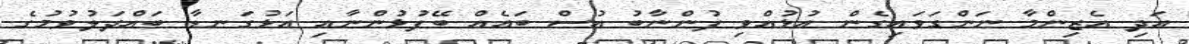
އަދި އެޒިންމާ ނަންގަވައިގެން އުޅުއްވި ފުންނާބު އުސް ބައެއް ބޭފުޅުންނާއި އަޅުގަނޑާ ބައްދަލުވުމުގެ